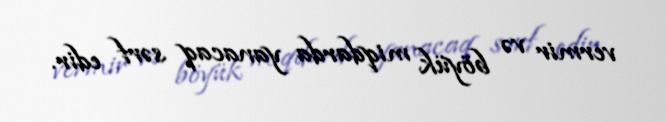
vermir və böyük miqdarda yanacaq sərf edir.